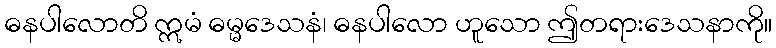
ဓနပါလောတိ ဣမံ ဓမ္မဒေသနံ၊ ဓနပါလော ဟူသော ဤတရားဒေသနာကို။